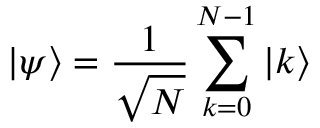
| \psi \rangle = { \frac { 1 } { \sqrt { N } } } \sum _ { k = 0 } ^ { N - 1 } | k \rangle